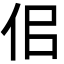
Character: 佀